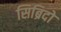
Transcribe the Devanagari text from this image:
सिब्रिदो